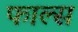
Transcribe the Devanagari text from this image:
फाल्‍स